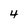
Character: 4